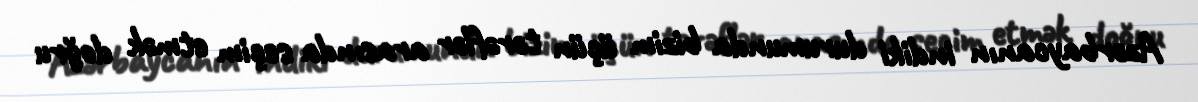
Azərbaycanın indiki durumunda bizim üçün tərəflər arasında seçim etmək doğru